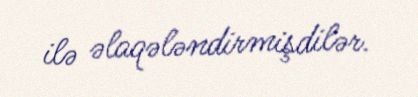
ilə əlaqələndirmişdilər.